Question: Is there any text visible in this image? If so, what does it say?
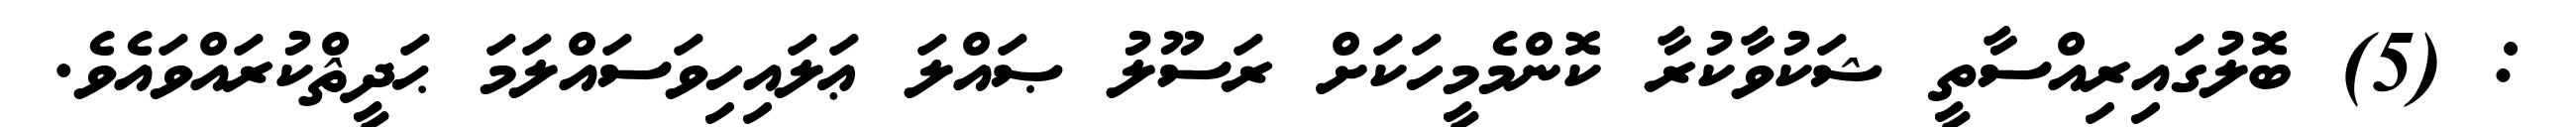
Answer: : (5) ބޮލުގައިރިއްސާތީ ޝަކުވާކުރާ ކޮންމެމީހަކަށް ރަސޫލު ޞައްލަ ޢަލައިހިވަސައްލަމަ ޙަދީޘްކުރައްވައެވެ.